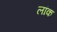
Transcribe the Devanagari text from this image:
लांक